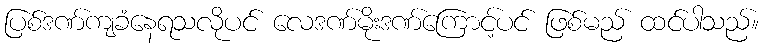
ပြစ်ဒဏ်ကျခံနေရသလိုပင် လေဒဏ်မိုးဒဏ်ကြောင့်ပင် ဖြစ်မည် ထင်ပါသည်။